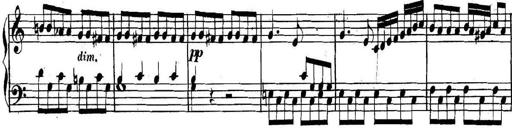
Title: Collected Piano Sonatas
Composer: Muzio Clementi